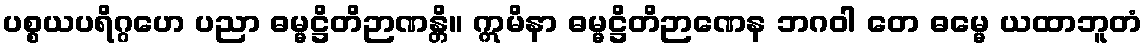
ပစ္စယပရိဂ္ဂဟေ ပညာ ဓမ္မဋ္ဌိတိဉာဏန္တိ။ ဣမိနာ ဓမ္မဋ္ဌိတိဉာဏေန ဘဂဝါ တေ ဓမ္မေ ယထာဘူတံ